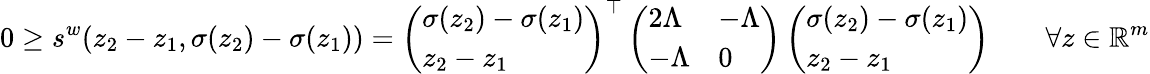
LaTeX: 0\geq s^{w}(z_{2}-z_{1},\sigma(z_{2})-\sigma(z_{1}))=\left(\begin{array}{l}{\sigma(z_{2})-\sigma(z_{1})}\\ {z_{2}-z_{1}}\end{array}\right)^{\top}\left(\begin{array}{ll}{2\Lambda}&{-\Lambda}\\ {-\Lambda}&{0}\end{array}\right)\left(\begin{array}{l}{\sigma(z_{2})-\sigma(z_{1})}\\ {z_{2}-z_{1}}\end{array}\right)\qquad\forall z\in\mathbb{R}^{m}